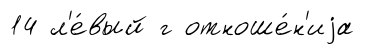
14 л'е́вый г отноше́н'иjа